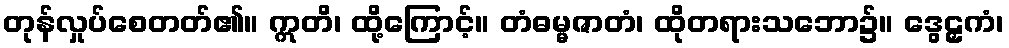
တုန်လှုပ်စေတတ်၏။ ဣတိ၊ ထို့ကြောင့်။ တံဓမ္မဇာတံ၊ ထိုတရားသဘော၌။ ဒွေဠှကံ၊